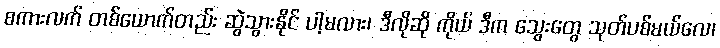
စကားလက် တစ်ယောက်တည်း ဆွဲသွားနိုင် ပါ့မလား၊ ဒီလိုဆို ကိုယ် ဒီက သွေးတွေ သုတ်ပစ်မယ်လေ၊